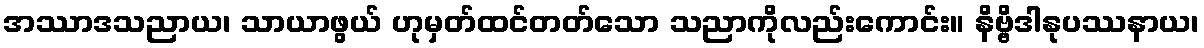
အဿာဒသညာယ၊ သာယာဖွယ် ဟုမှတ်ထင်တတ်သော သညာကိုလည်းကောင်း။ နိဗ္ဗိဒါနုပဿနာယ၊